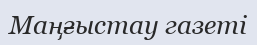
Маңғыстау газеті